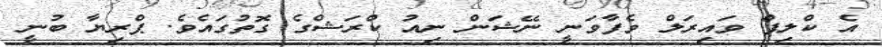
އެ ކްލިޕް ވައިރަލް ވެފާވަނީ ނޭޝަން ނިއު ކްރަޝްގެ ގޮތުގައެވެ. ޕްރިޔާ ބުނީ